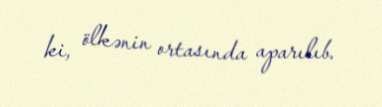
ki, ölkənin ortasında aparılıb.